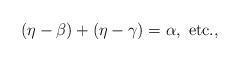
LaTeX: \begin{align*}(\eta-\beta)+(\eta-\gamma)=\alpha,\ \textrm{etc.,}\end{align*}